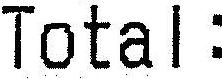
TOTAL: